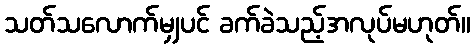
သတ်သလောက်မျှပင် ခက်ခဲသည့်အလုပ်မဟုတ်။